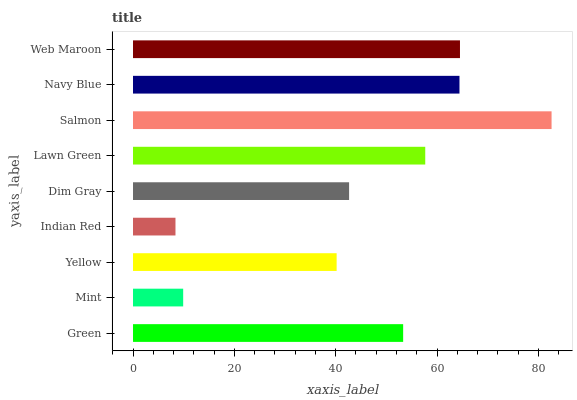
| yaxis_label | bars |
 | --- | --- |
 | Green | 53.3 |
 | Mint | 9.9 |
 | Yellow | 40.2 |
 | Indian Red | 8.38 |
 | Dim Gray | 42.6 |
 | Lawn Green | 57.7 |
 | Salmon | 82.6 |
 | Navy Blue | 64.4 |
 | Web Maroon | 64.5 |